Report of the Indian Hemp Drugs Commission, 1894-1895 - Volume VIII
Year: 1894
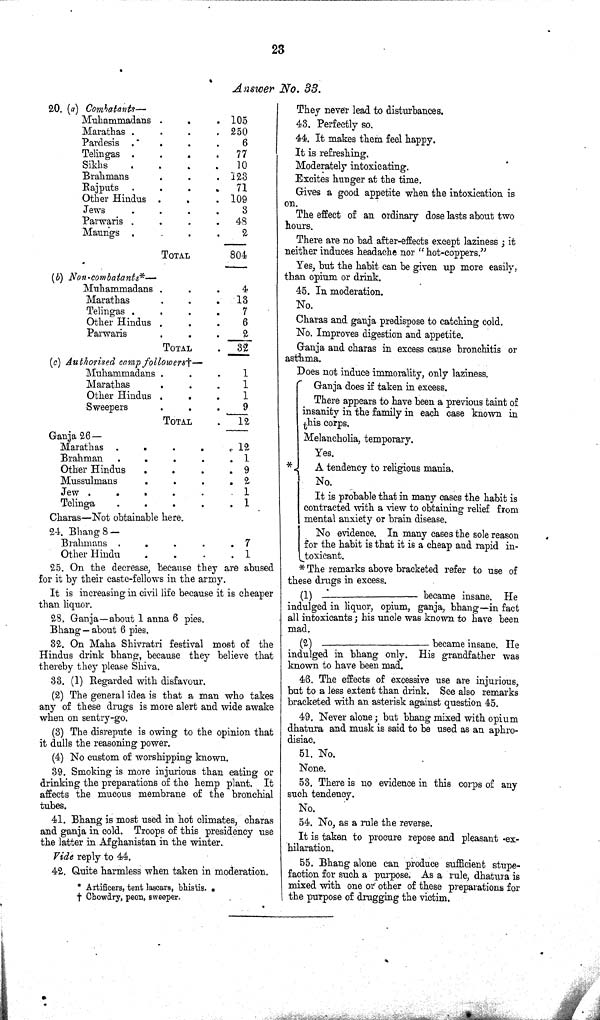
23
Answer No. 33.
20. (a) Combatants—
Muhammadans
105
Marathas
250
Pardesis
6
Telingas
77
Sikhs
10
Brahmans
123
Rajputs
71
Other Hindus
109
Jews
3
Parwaris
48
Maungs
2
TOTAL
804
(b) Non-combatants*—
Muhammadans
4
Marathas
13
Telingas
7
Other Hindus
6
Parwaris
2
TOTAL
32
(c) Authorised camp followers—
Muhammadans
1
Marathas
1
Other Hindus
1
Sweepers
9
TOTAL
12
Ganja 26—
Marathas
12
Brahman
1
Other Hindus
9
Mussulmans
2
Jew
1
Telinga
1
Charas-Not obtainable here.
24. Bhang 8—
.Brahmans
7
Other Hindu
1
25. On the decrease, because they are abused
for it by their caste-fellows in the army.
It is increasing in civil life because it is cheaper
than liquor.
28. Ganja—about 1 anna 6 pies.
Bhang — about 6 pies.
32. On Maha Shivratri festival most of the
Hindus drink bhang, because they believe that
thereby they please Shiva.
33. (1) Regarded with disfavour.
(2) The general idea is that a man who takes
any of these drugs is more alert and wide awake
when on sentry-go.
(3) The disrepute is owing to the opinion that
it dulls the reasoning power.
(4) No custom of worshipping known.
39. Smoking is more injurious than eating or
drinking the preparations of the hemp plant. It
affects the mucous membrane of the bronchial
tubes.
41. Bhang is most used in hot climates, charas
and ganja in cold. Troops of this presidency use
the latter in Afghanistan in the winter.
Vide reply to 44.
42. Quite harmless when taken in moderation.
* Artificers, tent lascars, bhistis.
† Chowdry, peon, sweeper.
They never lead to disturbances.
43. Perfectly so.
44. It makes them feel happy.
It is refreshing.
Moderately intoxicating.
Excites hunger at the time.
Gives a good appetite when the intoxication is
on.
The effect of an ordinary dose lasts about two
hours.
There are no bad after-effects except laziness; it
neither induces headache nor "hot-coppers."
Yes, but the habit can be given up more easily,
than opium or drink.
45. In moderation.
No.
Charas and ganja predispose to catching cold.
No. Improves digestion and appetite.
Ganja and charas in excess cause bronchitis or
asthma.
Does not induce immorality, only laziness.
Ganja does if taken in excess.
There appears to have been a previous taint of
insanity in the family in each ease known in
this corps.
Melancholia, temporary.
Yes.
A tendency to religious mania.
No.
It is probable that in many cases the habit is
contracted with a view to obtaining relief from
mental anxiety or brain disease.
No evidence. In many cases the sole reason
for the habit is that it is a cheap and rapid in-
toxicant.
* The remarks above bracketed refer to use of
these drugs in excess.
(1)
___
became insane. He
indulged in liquor, opium, ganja, bhang-in fact
all intoxicants; his uncle was known to have been
mad.
(2)
____
became insane. He
indulged in bhang only. His grandfather was
known to have been mad.
46. The effects of excessive use are injurious,
but to a less extent than drink. See also remarks
bracketed with an asterisk against question 45.
49. Never alone; but bhang mixed with opium
dhatura and musk is said to be used as an aphro-
disiac.
51. No.
None.
53. There is no evidence in this corps of any
such tendency.
No.
54. No, as a rule the reverse.
It is taken to procure repose and pleasant -ex-
hilaration.
55. Bhang alone can produce sufficient stupe-
faction for such a purpose. As a rule, dhatura is
mixed with one or other of these preparations for
the purpose of drugging the victim.